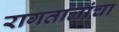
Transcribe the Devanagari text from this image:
रागतालांचा